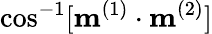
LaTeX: \cos^{-1}[\mathbf{m}^{(1)}\cdot\mathbf{m}^{(2)}]